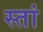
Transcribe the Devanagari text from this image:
स्तां